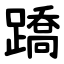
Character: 蹻